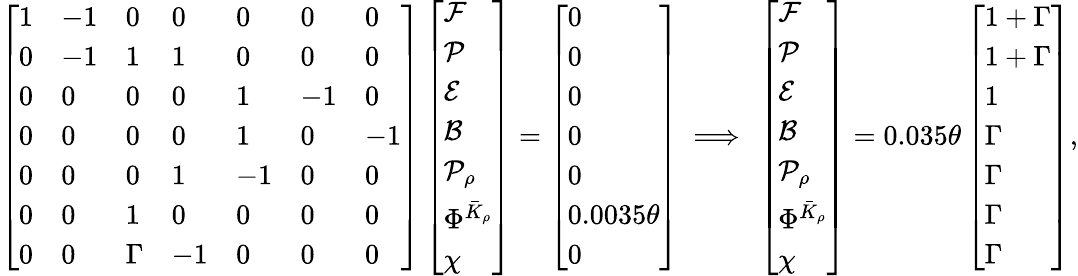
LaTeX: \left[\begin{array}{lllllll}{1}&{-1}&{0}&{0}&{0}&{0}&{0}\\ {0}&{-1}&{1}&{1}&{0}&{0}&{0}\\ {0}&{0}&{0}&{0}&{1}&{-1}&{0}\\ {0}&{0}&{0}&{0}&{1}&{0}&{-1}\\ {0}&{0}&{0}&{1}&{-1}&{0}&{0}\\ {0}&{0}&{1}&{0}&{0}&{0}&{0}\\ {0}&{0}&{\Gamma}&{-1}&{0}&{0}&{0}\end{array}\right]\left[\begin{array}{l}{\mathcal{F}}\\ {\mathcal{P}}\\ {\mathcal{E}}\\ {\mathcal{B}}\\ {\mathcal{P}_{\rho}}\\ {\Phi^{\bar{K}_{\rho}}}\\ {\chi}\end{array}\right]=\left[\begin{array}{l}{0}\\ {0}\\ {0}\\ {0}\\ {0}\\ {0.0035\theta}\\ {0}\end{array}\right]\ \Longrightarrow\ \left[\begin{array}{l}{\mathcal{F}}\\ {\mathcal{P}}\\ {\mathcal{E}}\\ {\mathcal{B}}\\ {\mathcal{P}_{\rho}}\\ {\Phi^{\bar{K}_{\rho}}}\\ {\chi}\end{array}\right]=0.035\theta\left[\begin{array}{l}{1+\Gamma}\\ {1+\Gamma}\\ {1}\\ {\Gamma}\\ {\Gamma}\\ {\Gamma}\\ {\Gamma}\end{array}\right],